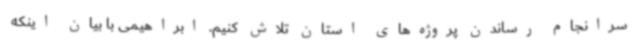
سرانجام رساندن پروژه‌های استان تلاش کنیم. ابراهیمی با بیان اینکه